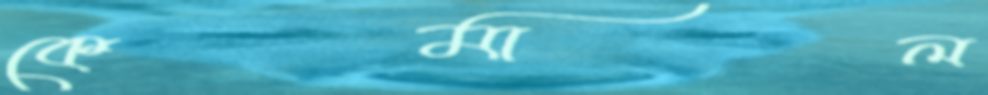
কেমাল